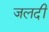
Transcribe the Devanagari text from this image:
जलदीं